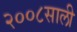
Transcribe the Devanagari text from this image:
२००८साली